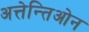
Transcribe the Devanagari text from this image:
अत्तेन्तिओन